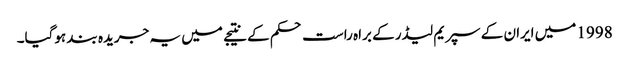
1998 میں ایران کے سپریم لیڈر کے براہ راست حکم کے نتیجے میں یہ جریدہ بند ہوگیا۔